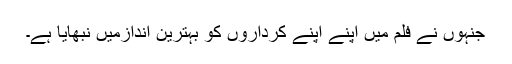
جنہوں نے فلم میں اپنے اپنے کرداروں کو بہترین اندازمیں نبھایا ہے۔